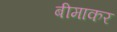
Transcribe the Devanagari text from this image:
बीमाकर